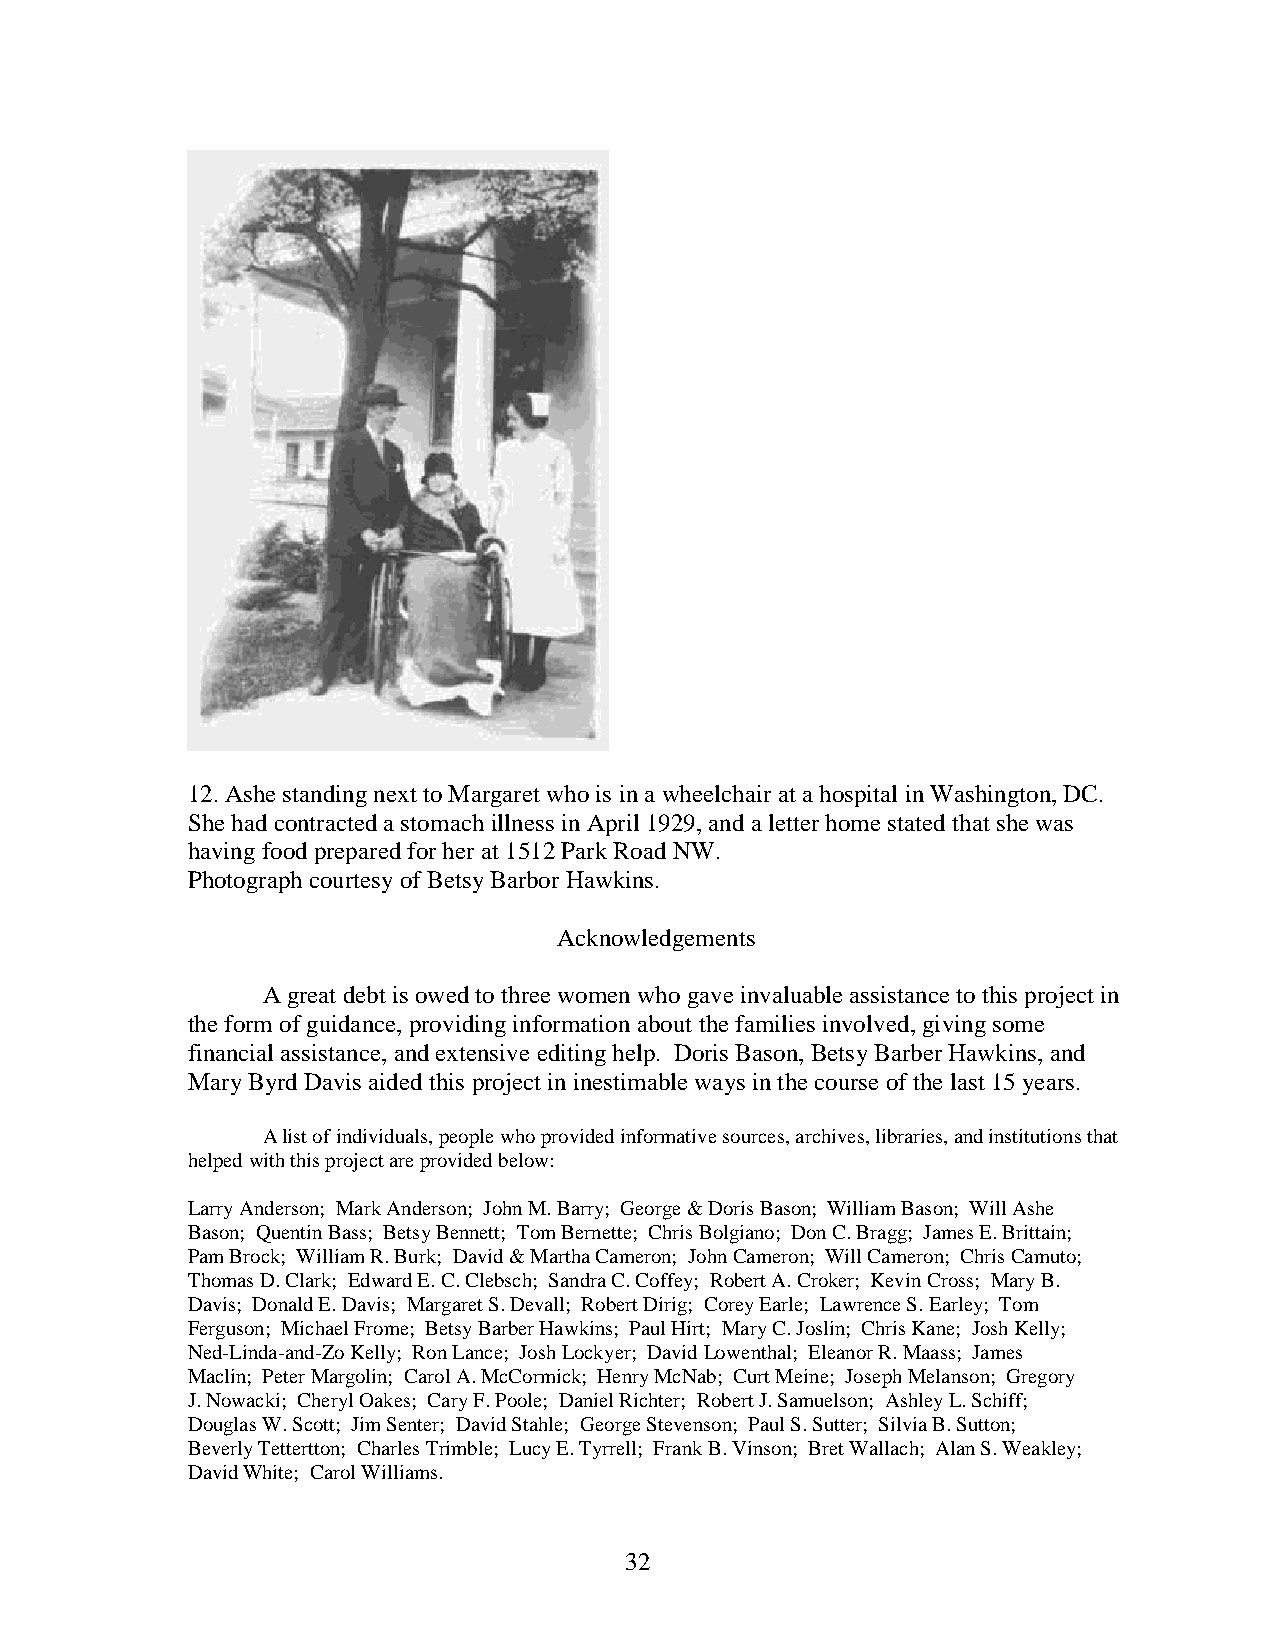
12. Ashe standing next to Margaret who is in a wheelchair at a hospital in Washington, DC.
 She had contracted a stomach illness in April 1929, and a letter home stated that she was
 having food prepared for her at 1512 Park Road NW.
 Photograph courtesy of Betsy Barbor Hawkins.
 Acknowledgements
 A great debt is owed to three women who gave invaluable assistance to this project in
 the form of guidance, providing information about the families involved, giving some
 financial assistance, and extensive editing help. Doris Bason, Betsy Barber Hawkins, and
 Mary Byrd Davis aided this project in inestimable ways in the course of the last 15 years.
 A list of individuals, people who provided informative sources, archives, libraries, and institutions that
 helped with this project are provided below:
 Larry Anderson; Mark Anderson; John M. Barry; George & Doris Bason; William Bason; Will Ashe
 Bason; Quentin Bass; Betsy Bennett; Tom Bernette; Chris Bolgiano; Don C. Bragg; James E. Brittain;
 Pam Brock; William R. Burk; David & Martha Cameron; John Cameron; Will Cameron; Chris Camuto;
 Thomas D. Clark; Edward E. C. Clebsch; Sandra C. Coffey; Robert A. Croker; Kevin Cross; Mary B.
 Davis; Donald E. Davis; Margaret S. Devall; Robert Dirig; Corey Earle; Lawrence S. Earley; Tom
 Ferguson; Michael Frome; Betsy Barber Hawkins; Paul Hirt; Mary C. Joslin; Chris Kane; Josh Kelly;
 Ned-Linda-and-Zo Kelly; Ron Lance; Josh Lockyer; David Lowenthal; Eleanor R. Maass; James
 Maclin; Peter Margolin; Carol A. McCormick; Henry McNab; Curt Meine; Joseph Melanson; Gregory
 J. Nowacki; Cheryl Oakes; Cary F. Poole; Daniel Richter; Robert J. Samuelson; Ashley L. Schiff;
 Douglas W. Scott; Jim Senter; David Stahle; George Stevenson; Paul S. Sutter; Silvia B. Sutton;
 Beverly Tettertton; Charles Trimble; Lucy E. Tyrrell; Frank B. Vinson; Bret Wallach; Alan S. Weakley;
 David White; Carol Williams.
 32